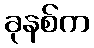
ခုနစ်က